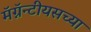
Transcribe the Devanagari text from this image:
मॅग्नॅन्टीयसच्या